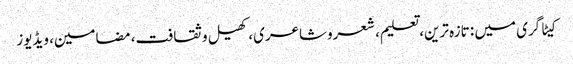
کیٹاگری میں : تازہ ترین، تعلیم، شعروشاعری، کھیل وثقافت، مضامین، ویڈیوز